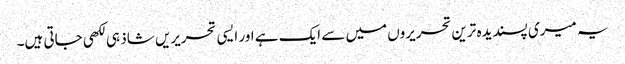
یہ میری پسندیدہ ترین تحریروں میں سے ایک ہے اور ایسی تحریریں شاذ ہی لکھی جاتی ہیں۔